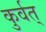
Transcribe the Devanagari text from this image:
कुर्वत्